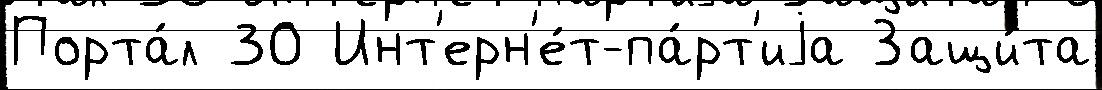
Порта́л 30 Инт'ерн'е́т-па́рт'иjа Защи́та